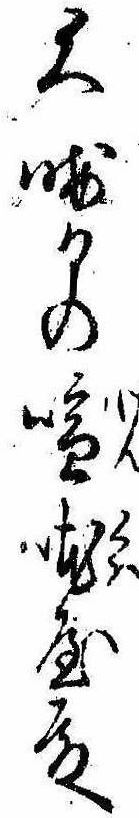
大晦日の喧屋殿